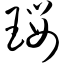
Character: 璎